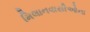
મિલાનવાસીઓના